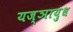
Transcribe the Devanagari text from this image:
यज्ञायुध